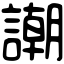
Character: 謿